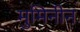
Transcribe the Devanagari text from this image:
मुमिनीन